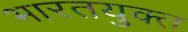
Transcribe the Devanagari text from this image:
भारतयुक्त